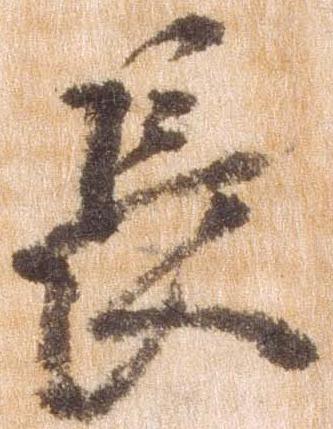
長